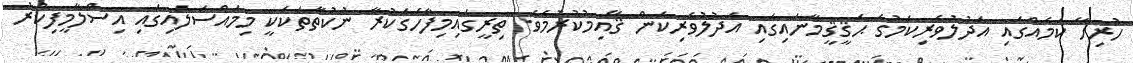
ހުރިހާ ކަމެއްގައި އަދުލުވެރިކަމުގެ ޙަޤީޤީމާނައިގައި އަދުލުވެރިކަން ޤާއިމުކުރުމެވެ. ތިރީގައިމިފާހަގަކުރާ ނުކުތާތަކަކީ މިމައްސަލައިގައި އިސްލާމީފިކުރު